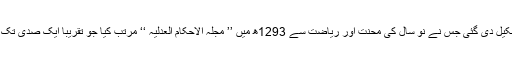
سلطنت عثمانی میں احمد جودت پاشا کی سربراہی میں سات رکنی مجلس مشاورت تشکیل دی گئی جس نے نو سال کی محنت اور ریاضت سے 1293ھ میں ’’ مجلہ الاحکام العدلیہ ‘‘ مرتب کیا جو تقریباً ایک صدی تک عثمانی خلافت میں رائج رہا اور آج بھی اس کے فیصلے خاص اہمیت کے حامل ہیں۔